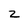
Character: z